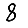
Digit: 8